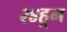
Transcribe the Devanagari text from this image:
२४हून